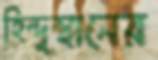
হিন্দুস্থানের